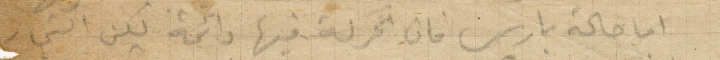
اما حالة باريس فان الحركة فيها دائمة لكن التجار